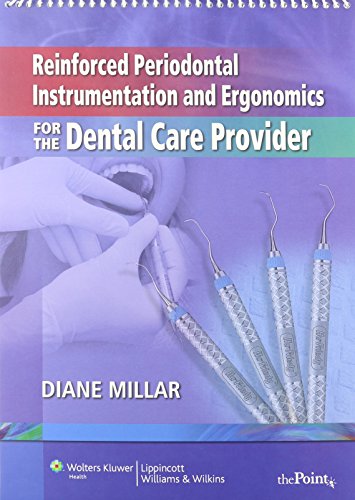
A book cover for Reinforced Periodontal Instrumentation and Ergonomics for the Dental Care Provider; Diane Millar; Medical Books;